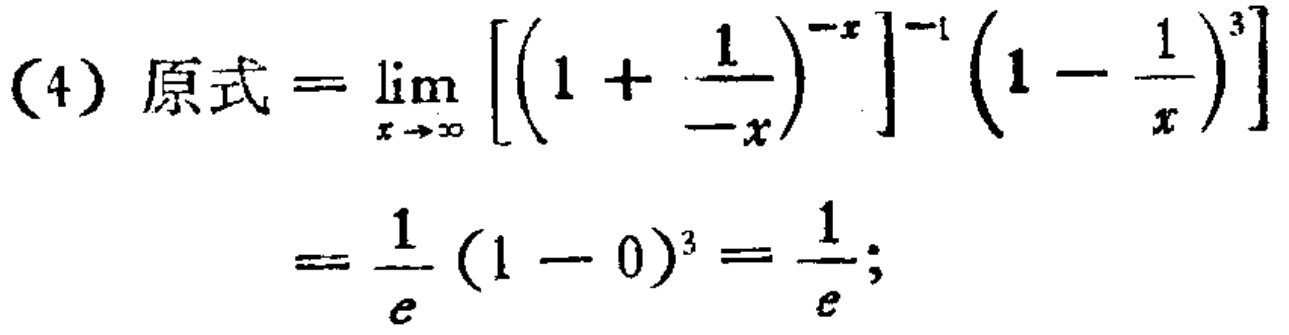
(4) 原式$=\lim_{x \to \infty} \left[\left(1 + \frac{1}{-x}\right)^{-x}\right]^{-1} \left(1 - \frac{1}{x}\right)^{3}]$
$=\frac{1}{e}(1 - 0)^{3}=\frac{1}{e};$